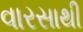
વારસાથી